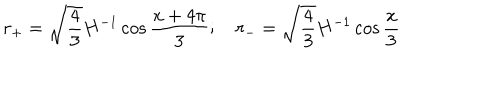
r _ { + } = \sqrt { \frac { 4 } { 3 } } H ^ { - 1 } \cos { \frac { x + 4 \pi } { 3 } } ; \quad r _ { - } = \sqrt { \frac { 4 } { 3 } } H ^ { - 1 } \cos { \frac { x } { 3 } }